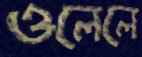
ওলেলে